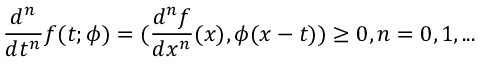
\frac { d ^ { n } } { d t ^ { n } } f ( t ; \phi ) = ( \frac { d ^ { n } f } { d x ^ { n } } ( x ) , \phi ( x - t ) ) \geq 0 , n = 0 , 1 , . . .